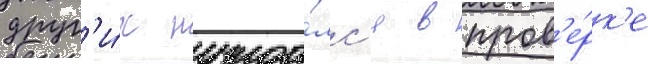
друг'и́х нужда́лс'я в пров'е́рк'е